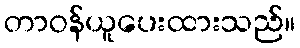
တာဝန်ယူပေးထားသည်။